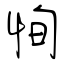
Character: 恂